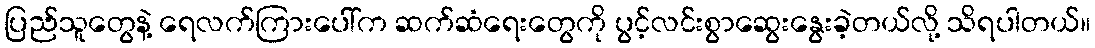
ပြည်သူတွေနဲ့ ရေလက်ကြားပေါ်က ဆက်ဆံရေးတွေကို ပွင့်လင်းစွာဆွေးနွေးခဲ့တယ်လို့ သိရပါတယ်။